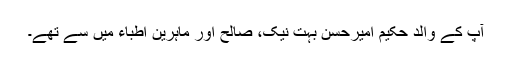
آپ کے والد حکیم امیرحسن بہت نیک، صالح اور ماہرین اطباء میں سے تھے۔